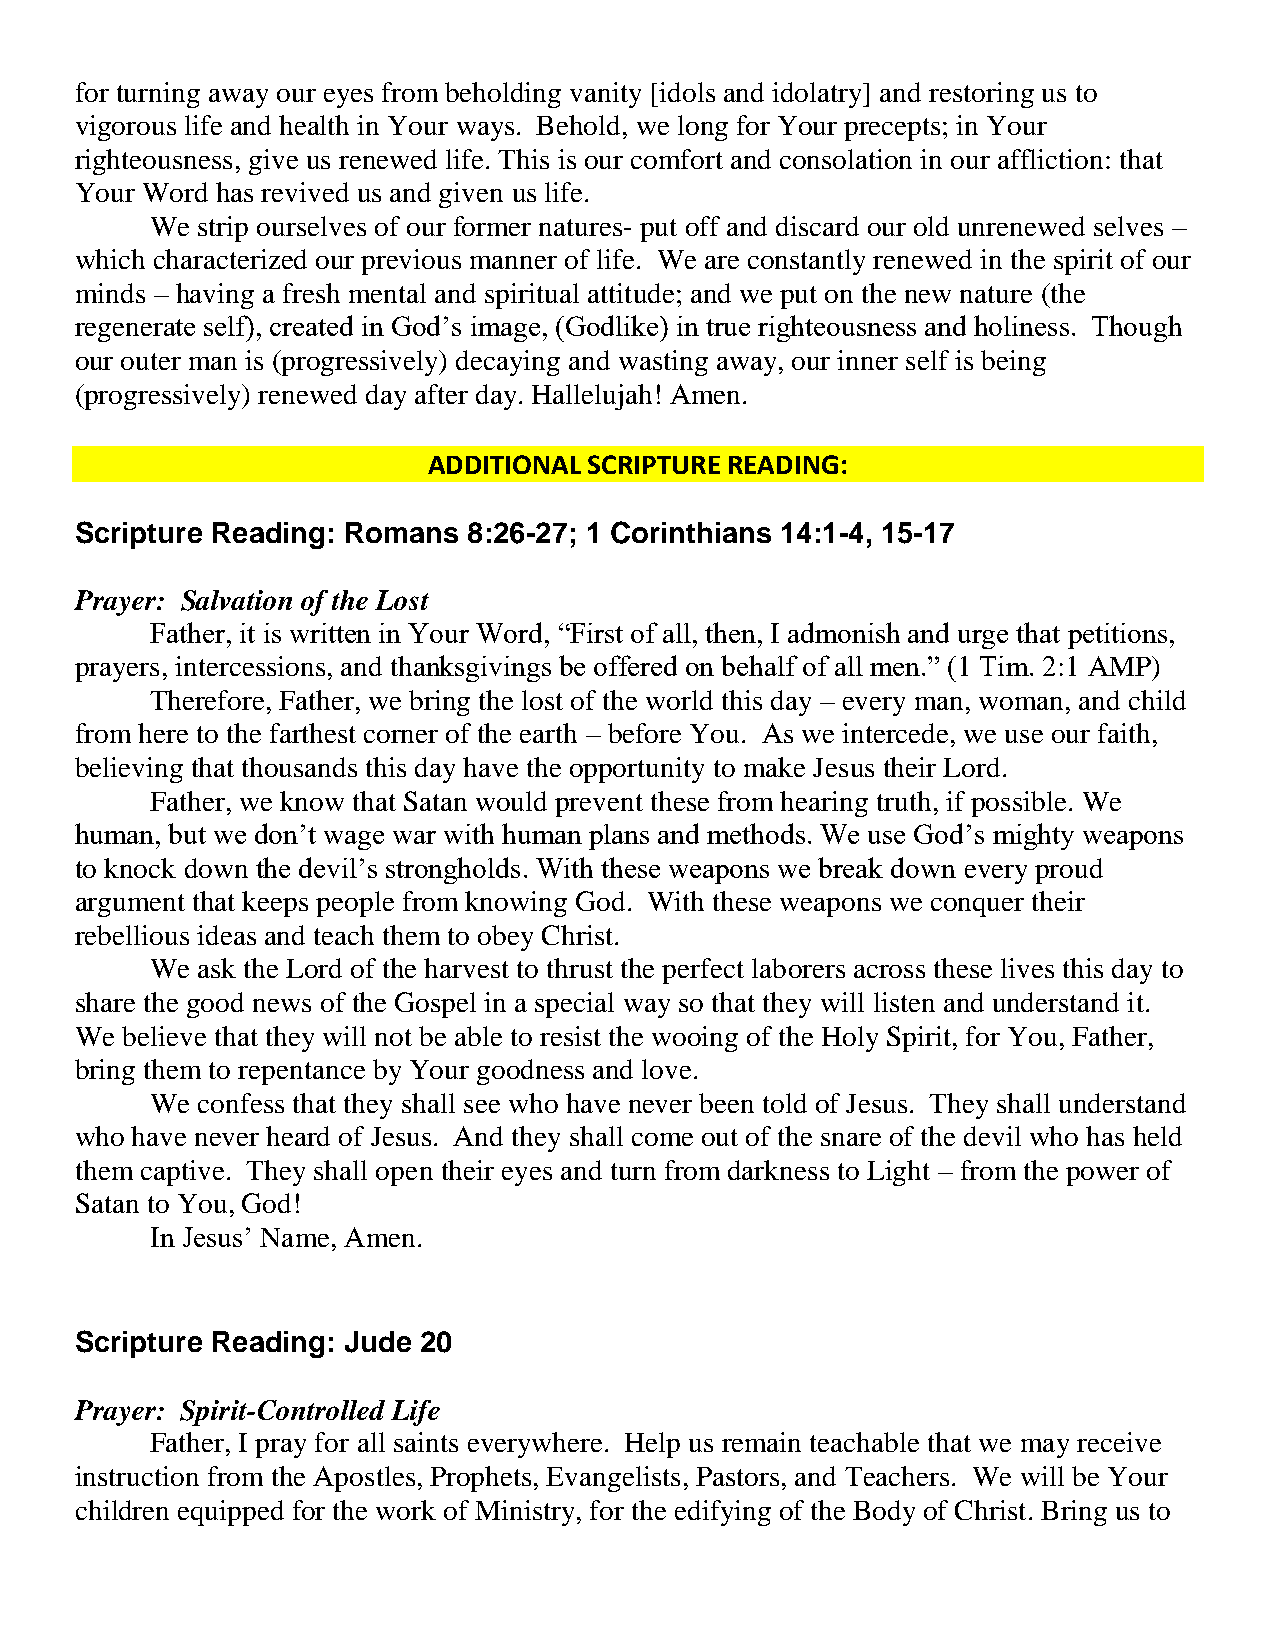
for turning away our eyes from beholding vanity [idols and idolatry] and restoring us to
 vigorous life and health in Your ways. Behold, we long for Your precepts; in Your
 righteousness, give us renewed life. This is our comfort and consolation in our affliction: that
 Your Word has revived us and given us life.
 We strip ourselves of our former natures- put off and discard our old unrenewed selves –
 which characterized our previous manner of life. We are constantly renewed in the spirit of our
 minds – having a fresh mental and spiritual attitude; and we put on the new nature (the
 regenerate self), created in God’s image, (Godlike) in true righteousness and holiness. Though
 our outer man is (progressively) decaying and wasting away, our inner self is being
 (progressively) renewed day after day. Hallelujah! Amen.
 ADDITIONAL SCRIPTURE READING:
 Scripture Reading: Romans 8:26-27; 1 Corinthians 14:1-4, 15-17
 Prayer: Salvation of the Lost
 Father, it is written in Your Word, “First of all, then, I admonish and urge that petitions,
 prayers, intercessions, and thanksgivings be offered on behalf of all men.” (1 Tim. 2:1 AMP)
 Therefore, Father, we bring the lost of the world this day – every man, woman, and child
 from here to the farthest corner of the earth – before You. As we intercede, we use our faith,
 believing that thousands this day have the opportunity to make Jesus their Lord.
 Father, we know that Satan would prevent these from hearing truth, if possible. We
 human, but we don’t wage war with human plans and methods. We use God’s mighty weapons
 to knock down the devil’s strongholds. With these weapons we break down every proud
 argument that keeps people from knowing God. With these weapons we conquer their
 rebellious ideas and teach them to obey Christ.
 We ask the Lord of the harvest to thrust the perfect laborers across these lives this day to
 share the good news of the Gospel in a special way so that they will listen and understand it.
 We believe that they will not be able to resist the wooing of the Holy Spirit, for You, Father,
 bring them to repentance by Your goodness and love.
 We confess that they shall see who have never been told of Jesus. They shall understand
 who have never heard of Jesus. And they shall come out of the snare of the devil who has held
 them captive. They shall open their eyes and turn from darkness to Light – from the power of
 Satan to You, God!
 In Jesus’ Name, Amen.
 Scripture Reading: Jude 20
 Prayer: Spirit-Controlled Life
 Father, I pray for all saints everywhere. Help us remain teachable that we may receive
 instruction from the Apostles, Prophets, Evangelists, Pastors, and Teachers. We will be Your
 children equipped for the work of Ministry, for the edifying of the Body of Christ. Bring us to